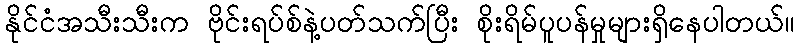
နိုင်ငံအသီးသီးက ဗိုင်းရပ်စ်နဲ့ပတ်သက်ပြီး စိုးရိမ်ပူပန်မှုများရှိနေပါတယ်။